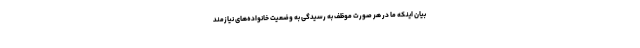
بیان اینکه ما در هر صورت موظف به رسیدگی به وضعیت خانواده‌های نیازمند